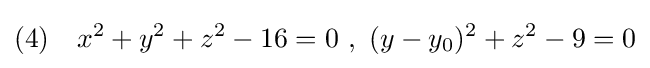
(4)\quad x^{2}+y^{2}+z^{2}-16=0\ ,\ (y-y_{0})^{2}+z^{2}-9=0